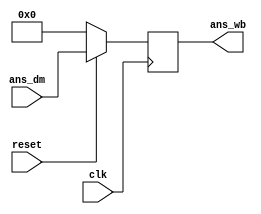
`timescale 1ns / 1ps
//////////////////////////////////////////////////////////////////////////////////
// Company: 
// Engineer: 
// 
// Design Name: 
// Module Name:    Write_Back_Block 
// Project Name: 
// Target Devices: 
// Tool versions: 
// Description: 
//
// Dependencies: 
//
// Revision: 
// Revision 0.01 - File Created
// Additional Comments: 
//
//////////////////////////////////////////////////////////////////////////////////
module Write_Back_Block(
    output reg [7:0] ans_wb,
    input [7:0] ans_dm,
    input clk,
    input reset
    );
	 
///////////////////////////////////////////////////////////////////////////////////Declarations/////////////////////////////////////////////////////////////////////////////////////////
	 wire[7:0] ans_wb_temp;
//////////////////////////////////////////////////////////////////////////////////////////////////////////////////////////////////////////////////////////////////////////////////////////////
	 
//////////////////////////////////////////////////////////////////////////////////Combinational Block//////////////////////////////////////////////////////////////////////////////////////////// 
	 assign ans_wb_temp = (reset == 1'b0) ? 8'b0000_0000 : ans_dm; // Value to be scanned at next clock edge
//////////////////////////////////////////////////////////////////////////////////////////////////////////////////////////////////////////////////////////////////////////////////////////////
	 
//////////////////////////////////////////////////////////////////////////////////Sequential Block//////////////////////////////////////////////////////////////////////////////////////
	always@(posedge clk)
	begin
		ans_wb <= ans_wb_temp;	// Scanning the value at positive clock edge
	end
//////////////////////////////////////////////////////////////////////////////////////////////////////////////////////////////////////////////////////////////////////////////////////////////
endmodule